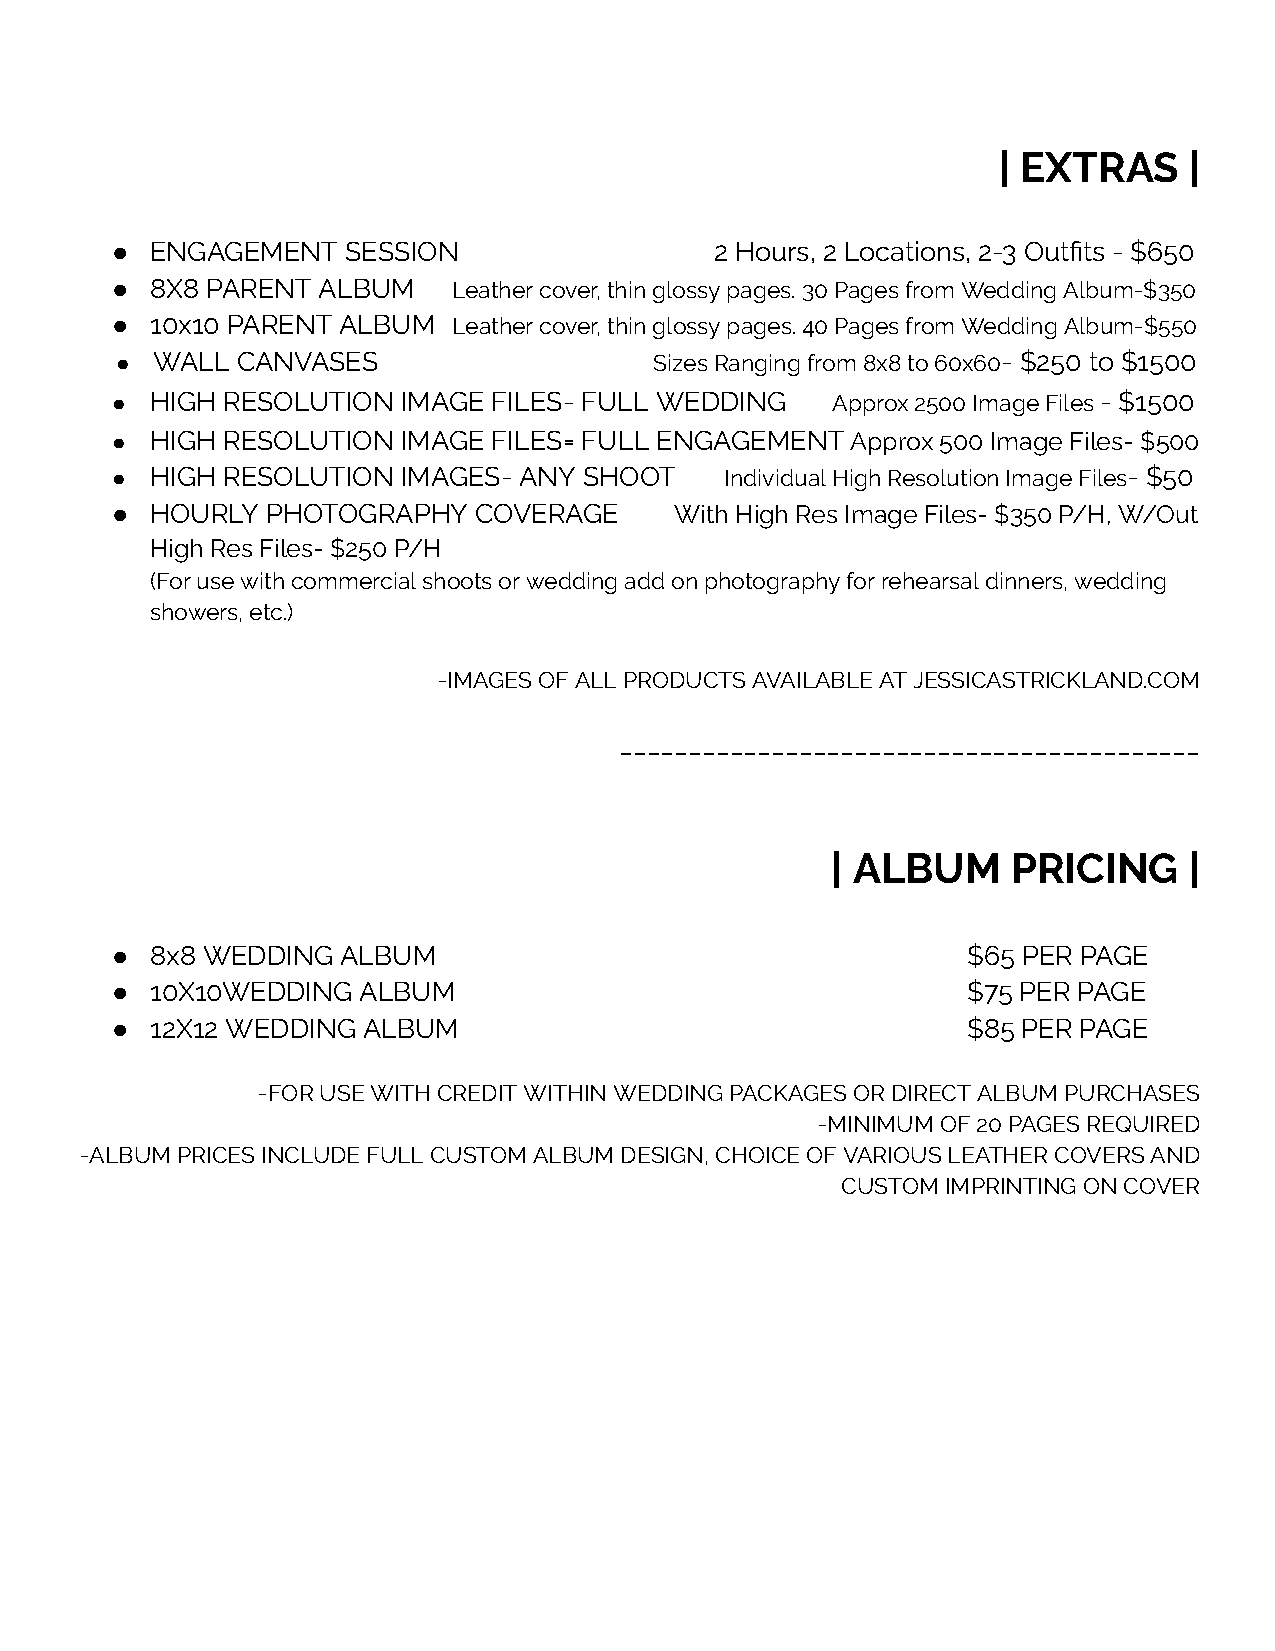
| EXTRAS     |
 ●  ENGAGEMENT   SESSION                 2 Hours, 2 Locations, 2-3 Outfits - $650
 ●  8X8 PARENT ALBUM    Leather cover, thin glossy pages. 30 Pages from Wedding Album-$350
 ●  10x10 PARENT ALBUM  Leather cover, thin glossy pages. 40 Pages from Wedding Album-$550
 ● WALL  CANVASES                   Sizes Ranging from 8x8 to 60x60 - $250 to $1500
 ●  HIGH RESOLUTION  IMAGE FILES- FULL WEDDING   Approx 2500 Image Files - $1500
 ●  HIGH RESOLUTION  IMAGE FILES= FULL ENGAGEMENT Approx 500 Image Files- $500
 ●  HIGH RESOLUTION  IMAGES- ANY SHOOT    Individual High Resolution Image Files - $50
 ●  HOURLY  PHOTOGRAPHY  COVERAGE      With High Res Image Files- $350 P/H, W/Out
 High Res Files- $250 P/H
 (For use with commercial shoots or wedding add on photography for rehearsal dinners, wedding
 showers, etc.)
 -IMAGES OF ALL PRODUCTS AVAILABLE AT JESSICASTRICKLAND.COM
 __________________________________________
 | ALBUM     PRICING     |
 ●  8x8 WEDDING  ALBUM                                    $65 PER PAGE
 ●  10X10WEDDING  ALBUM                                   $75 PER PAGE
 ●  12X12 WEDDING ALBUM                                   $85 PER PAGE
 -FOR USE WITH CREDIT WITHIN WEDDING PACKAGES OR DIRECT ALBUM PURCHASES
 -MINIMUM OF 20 PAGES REQUIRED
 -ALBUM PRICES INCLUDE FULL CUSTOM ALBUM DESIGN, CHOICE OF VARIOUS LEATHER COVERS AND
 CUSTOM IMPRINTING ON COVER